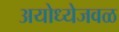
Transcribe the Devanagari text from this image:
अयोध्येजवळ